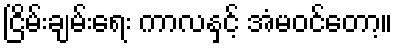
ငြိမ်းချမ်းရေး ကာလနှင့် အံမဝင်တော့။